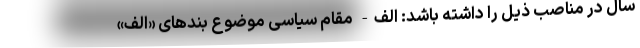
سال در مناصب ذیل را داشته باشد: الف- مقام سیاسی موضوع بندهای «الف»